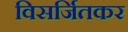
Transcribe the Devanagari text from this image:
विसर्जितकर